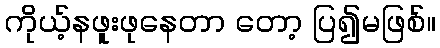
ကိုယ့်နဖူးဖုနေတာ တော့ ပြ၍မဖြစ်။